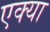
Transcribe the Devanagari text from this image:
एक्या